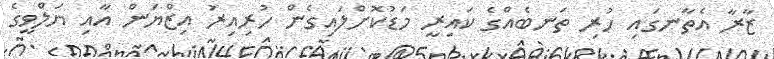
ޒާރާ އެތާނގައި ހުރި ތަނބެއްގެ ކައިރީ މަޑުކޮށްލައިގެން ހުރިއިރު އިޒްޔަން އާއި ޔަލްވީގެ